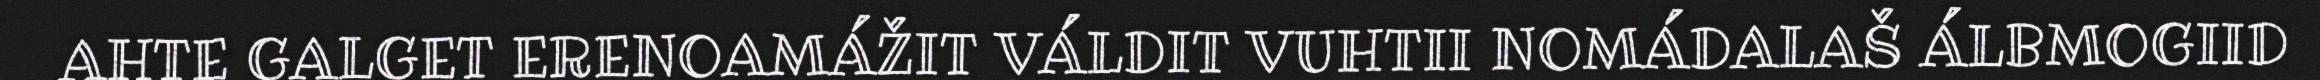
AHTE GALGET ERENOAMÁŽIT VÁLDIT VUHTII NOMÁDALAŠ ÁLBMOGIID